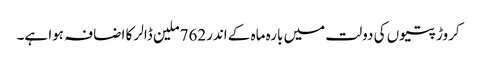
کروڑ پتیوں کی دولت میں بارہ ماہ کے اندر762ملین ڈالر کا اضافہ ہوا ہے۔